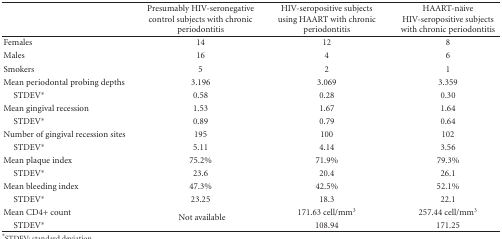
|  | Presumably HIV-seronegative control subjects with chronic periodontitis | HIV-seropositive subjects using HAART with chronic periodontitis | HAART-näive HIV-seropositive subjects with chronic periodontitis |
 | --- | --- | --- | --- |
 | Females | 14 | 12 | 8 |
 | Males | 16 | 4 | 6 |
 | Smokers | 5 | 2 | 1 |
 | Mean periodontal probing depths | 3.196 | 3.069 | 3.359 |
 | STDEV* | 0.58 | 0.28 | 0.30 |
 | Mean gingival recession | 1.53 | 1.67 | 1.64 |
 | STDEV* | 0.89 | 0.79 | 0.64 |
 | Number of gingival recession sites | 195 | 100 | 102 |
 | STDEV* | 5.11 | 4.14 | 3.56 |
 | Mean plaque index | 75.2% | 71.9% | 79.3% |
 | STDEV* | 23.6 | 20.4 | 26.1 |
 | Mean bleeding index | 47.3% | 42.5% | 52.1% |
 | STDEV* | 23.25 | 18.3 | 22.1 |
 | Mean CD4+ count | <ROWSPAN=2> Not available | 171.63 cell/mm3 | 257.44 cell/mm3 |
 | STDEV* | 108.94 | 171.25 |